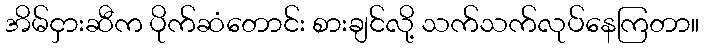
အိမ်ငှားဆီက ပိုက်ဆံတောင်း စားချင်လို့ သက်သက်လုပ်နေကြတာ။